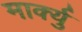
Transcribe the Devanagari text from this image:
मार्क्यु